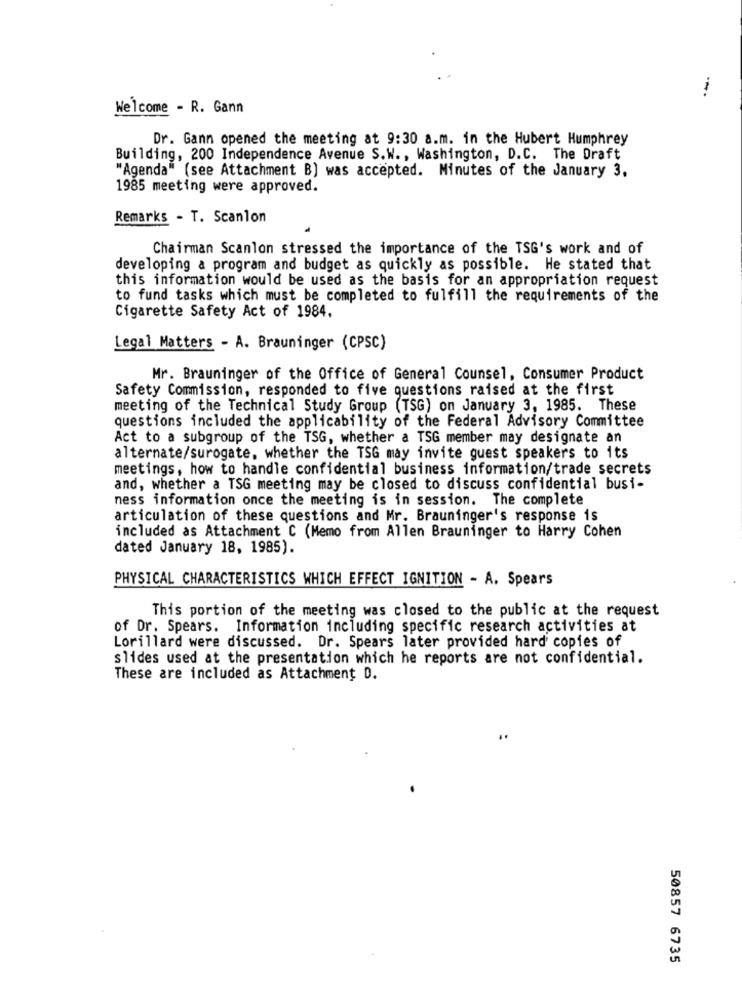
Welcome - R. Gann
Dr. Gann opened the meeting at 9:30 a.m. in the Hubert Humphrey
Building, 200 Independence Avenue S.W ., Washington, D.C. The Draft
"Agenda" (see Attachment B) was accepted. Minutes of the January 3.
1985 meeting were approved.
Remarks - T. Scanlon
Chairman Scanlon stressed the importance of the TSG's work and of
developing a program and budget as quickly as possible. He stated that
this information would be used as the basis for an appropriation request
to fund tasks which must be completed to fulfill the requirements of the
Cigarette Safety Act of 1984.
Legal Matters - A. Brauninger (CPSC)
Mr. Brauninger of the Office of General Counsel, Consumer Product
Safety Commission, responded to five questions raised at the first
meeting of the Technical Study Group (TSG) on January 3, 1985. These
questions included the applicability of the Federal Advisory Committee
Act to a subgroup of the TSG, whether a TSG member may designate an
alternate/surogate, whether the TSG may invite guest speakers to its
meetings, how to handle confidential business information/trade secrets
and, whether a TSG meeting may be closed to discuss confidential busi-
ness information once the meeting is in session. The complete
articulation of these questions and Mr. Brauninger's response is
included as Attachment C (Memo from Allen Brauninger to Harry Cohen
dated January 18, 1985).
PHYSICAL CHARACTERISTICS WHICH EFFECT IGNITION - A. Spears
This portion of the meeting was closed to the public at the request
of Dr. Spears. Information including specific research activities at
Lorillard were discussed. Dr. Spears later provided hard copies of
slides used at the presentation which he reports are not confidential.
These are included as Attachment D.
50857 6735